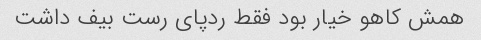
همش کاهو خیار بود فقط ردپای رست بیف داشت